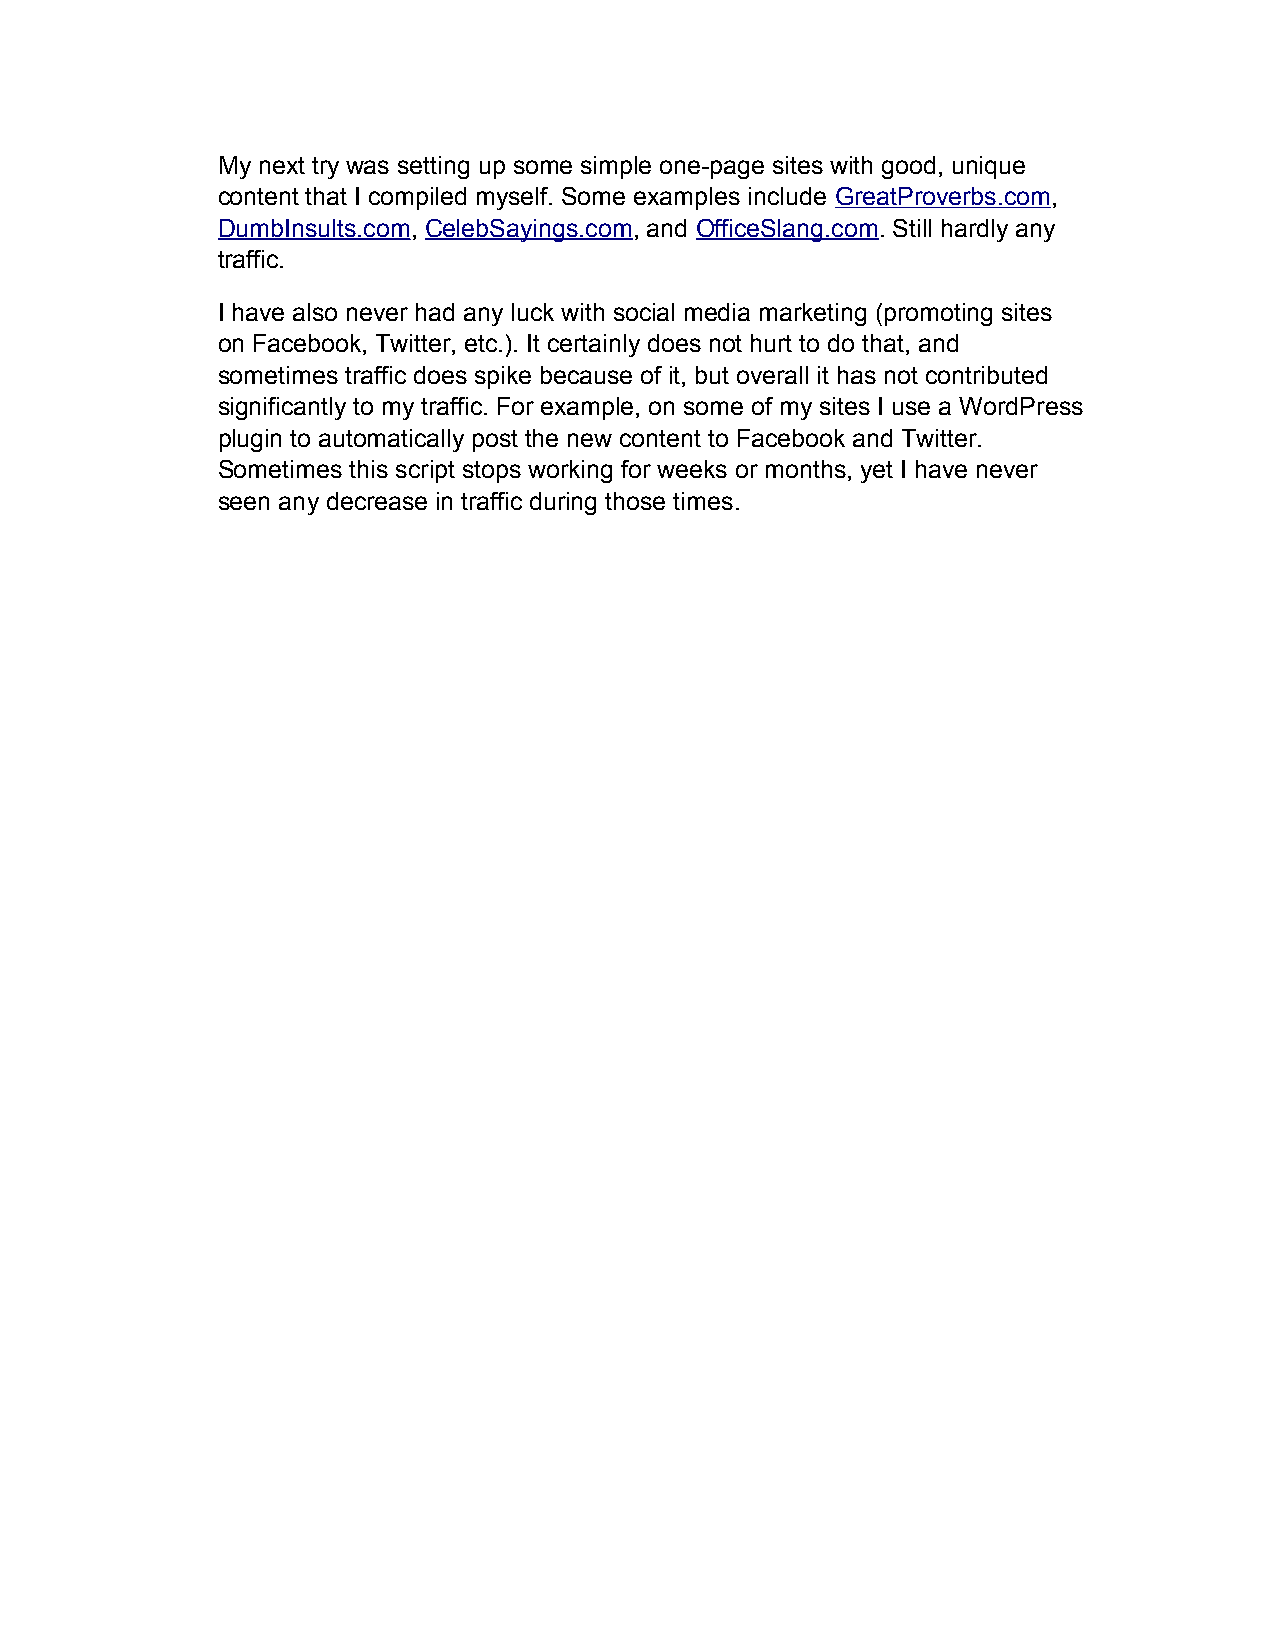
My next try was setting up some simple one-page sites with good, unique
 content that I compiled myself. Some examples include GreatProverbs.com,
 DumbInsults.com, CelebSayings.com, and OfficeSlang.com. Still hardly any
 traffic.
 I have also never had any luck with social media marketing (promoting sites
 on Facebook, Twitter, etc.). It certainly does not hurt to do that, and
 sometimes traffic does spike because of it, but overall it has not contributed
 significantly to my traffic. For example, on some of my sites I use a WordPress
 plugin to automatically post the new content to Facebook and Twitter.
 Sometimes this script stops working for weeks or months, yet I have never
 seen any decrease in traffic during those times.